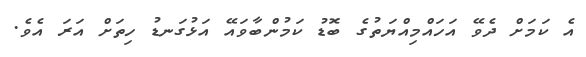
އެ ކަމަށް ދެވޭ އަހައްމިއްޔަތުގެ ބޮޑު ކަމުންބާވައޭ އަޅުގަނޑު ހިތަށް އަރަ އެވެ.